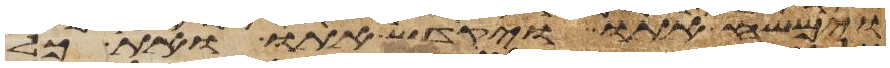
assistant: וימשח אתו ויקדש אתו ואת כל